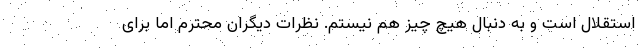
استقلال است و به دنبال هیچ چیز هم نیستم. نظرات دیگران محترم اما برای